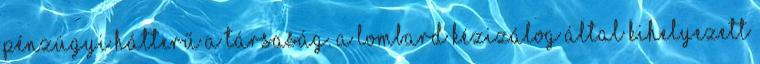
pénzügyi hátterű a társaság. A Lombard Kézizálog által kihelyezett